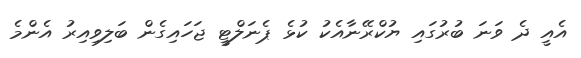
އެއީ ދެ ވަނަ ބުރުގައި ޔުކްރޭނާއެކު ކުޅެ ޕެނަލްޓީ ޖަހައިގެން ބަލިވިއިރު އެންމެ